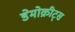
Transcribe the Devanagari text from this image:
डेमोक्रीट्स